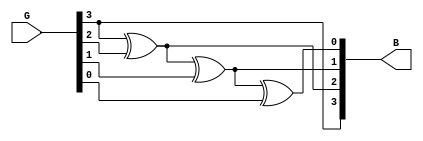
module graytobinary(input[3:0]G,output[3:0]B);
  assign B[3]=G[3];
  assign B[2]=G[3]^G[2];
  assign B[1]=B[2]^G[1];
  assign B[0]=B[1]^G[0];
endmodule